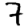
Digit: 7